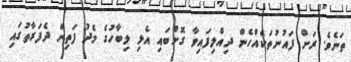
ތަނެވެ. ރަށް ފައުނުތަކެއްހެން ދިއްލިފައިވާ ގޮށްބައި އެޅި ލިބާހުގެ މެދު ފަތިން ދެފަރާތުގައި